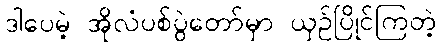
ဒါပေမဲ့ အိုလံပစ်ပွဲတော်မှာ ယှဉ်ပြိုင်ကြတဲ့